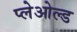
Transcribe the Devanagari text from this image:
प्लेओल्ड